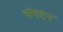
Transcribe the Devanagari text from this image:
भंगदर